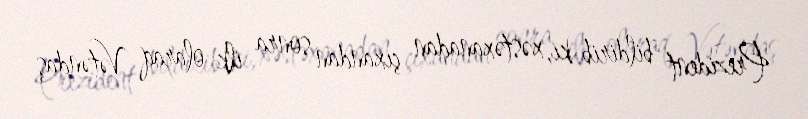
Prezident bildirib ki, xəstəxanadan çıxandan sonra ilk olaraq Vətəndaş